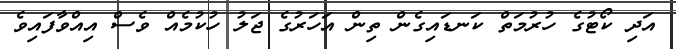
އަދި ކޯޓުގެ ހުރުމަތް ކަނޑައިގެން ތިން އަހަރުގެ ޖަލު ހުކުމެއް ވެސް އިއްވާފައިވެ